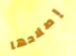
إصلاحها